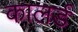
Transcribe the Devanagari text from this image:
कालर्ड